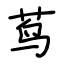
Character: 茑